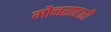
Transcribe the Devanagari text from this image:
मौनसाहारी